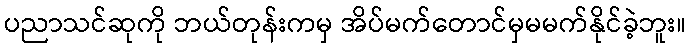
ပညာသင်ဆုကို ဘယ်တုန်းကမှ အိပ်မက်တောင်မှမမက်နိုင်ခဲ့ဘူး။